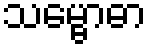
သမ္ဗောဓာ